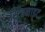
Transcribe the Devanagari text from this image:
स्टिबनाइट